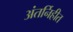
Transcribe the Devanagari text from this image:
अंतर्निहीत